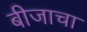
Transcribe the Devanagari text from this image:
बीजाचा